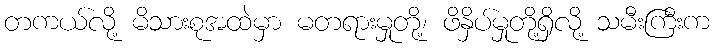
တကယ်လို့ မိသားစုအထဲမှာ မတရားမှုတို့၊ ဖိနှိပ်မှုတို့ရှိလို့ သမီးကြီးက